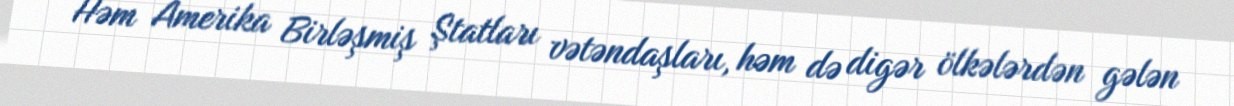
Həm Amerika Birləşmiş Ştatları vətəndaşları, həm də digər ölkələrdən gələn